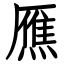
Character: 𤎝